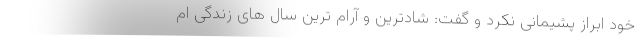
خود ابراز پشیمانی نکرد و گفت: شادترین و آرام ترین سال های زندگی ام